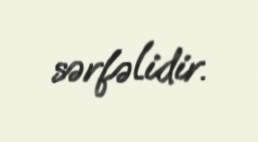
sərfəlidir.